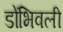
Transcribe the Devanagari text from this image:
डोंभिवली